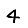
Digit: 4